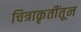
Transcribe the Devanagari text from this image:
चित्राकृतींतून